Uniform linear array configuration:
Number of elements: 16
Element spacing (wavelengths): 0.75
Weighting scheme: blackman
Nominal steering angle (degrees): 15
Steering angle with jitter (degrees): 15.872
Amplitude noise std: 0.05
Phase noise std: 0.05

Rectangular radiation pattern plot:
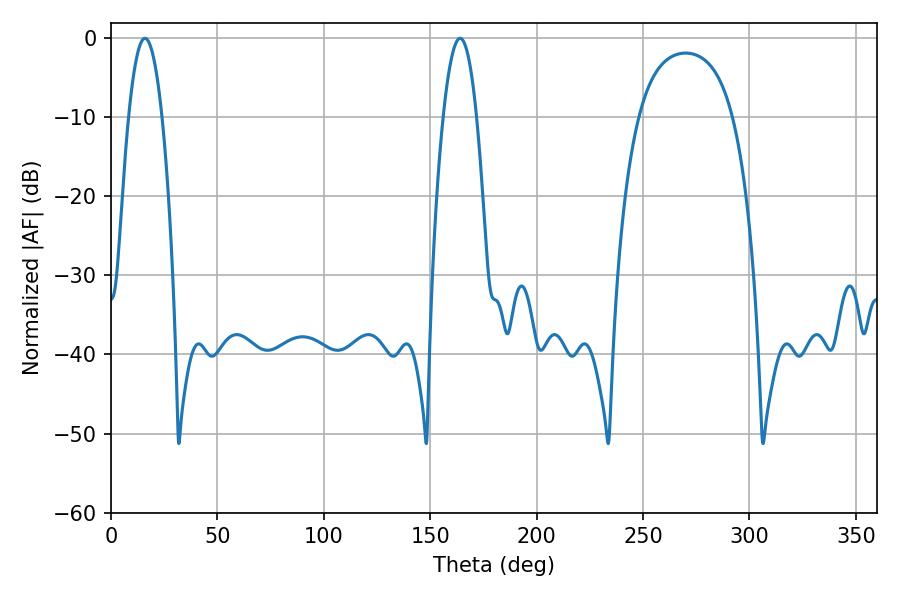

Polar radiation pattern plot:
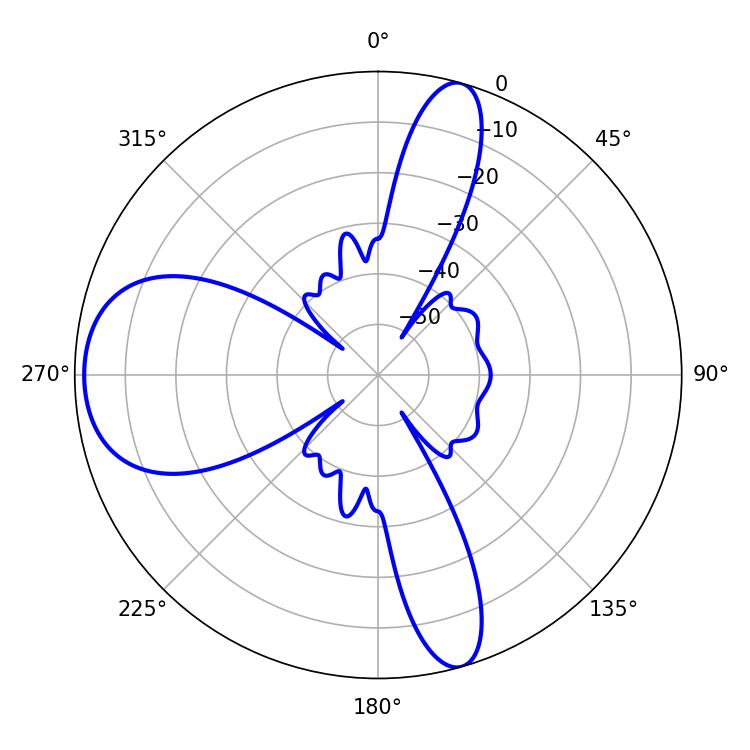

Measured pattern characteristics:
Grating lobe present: TRUE
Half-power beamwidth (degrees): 8.64
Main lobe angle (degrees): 16.02